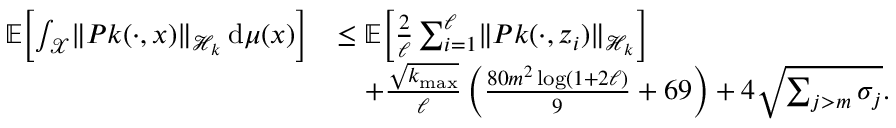
\begin{array} { r l } { \mathbb { E } \! \left[ \int _ { \mathcal { X } } \lVert P k ( \cdot , x ) \rVert _ { \mathcal { H } _ { k } } \, \mathrm { d } \mu ( x ) \right] } & { \le \mathbb { E } \! \left[ \frac 2 \ell \sum _ { i = 1 } ^ { \ell } \lVert P k ( \cdot , z _ { i } ) \rVert _ { \mathcal { H } _ { k } } \right] } \\ & { \quad + \frac { \sqrt { k _ { \operatorname* { m a x } } } } { \ell } \left( \frac { 8 0 m ^ { 2 } \log ( 1 + 2 \ell ) } 9 + 6 9 \right) + 4 \sqrt { \sum _ { j > m } \sigma _ { j } } . } \end{array}